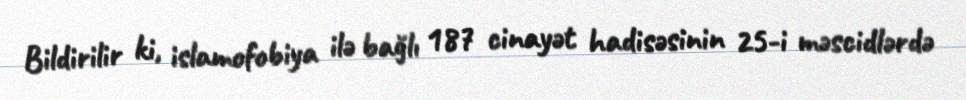
Bildirilir ki, islamofobiya ilə bağlı 187 cinayət hadisəsinin 25-i məscidlərdə